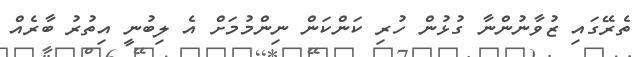
ތެރޭގައި ޒުވާނުންނާ ގުޅުން ހުރި ކަންކަން ނިންމުމަށް އެ ލިބުނީ އިތުރު ބާރެއް